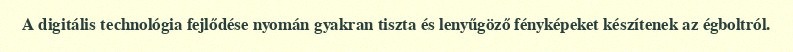
A digitális technológia fejlődése nyomán gyakran tiszta és lenyűgöző fényképeket készítenek az égboltról.